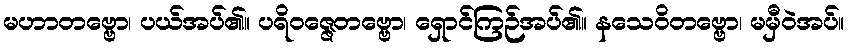
မဟာတဗ္ဗော၊ ပယ်အပ်၏။ ပရိဝဇ္ဇေတဗ္ဗော၊ ရှောင်ကြဉ်အပ်၏။ နသေဝိတဗ္ဗော၊ မမှီဝဲအပ်။